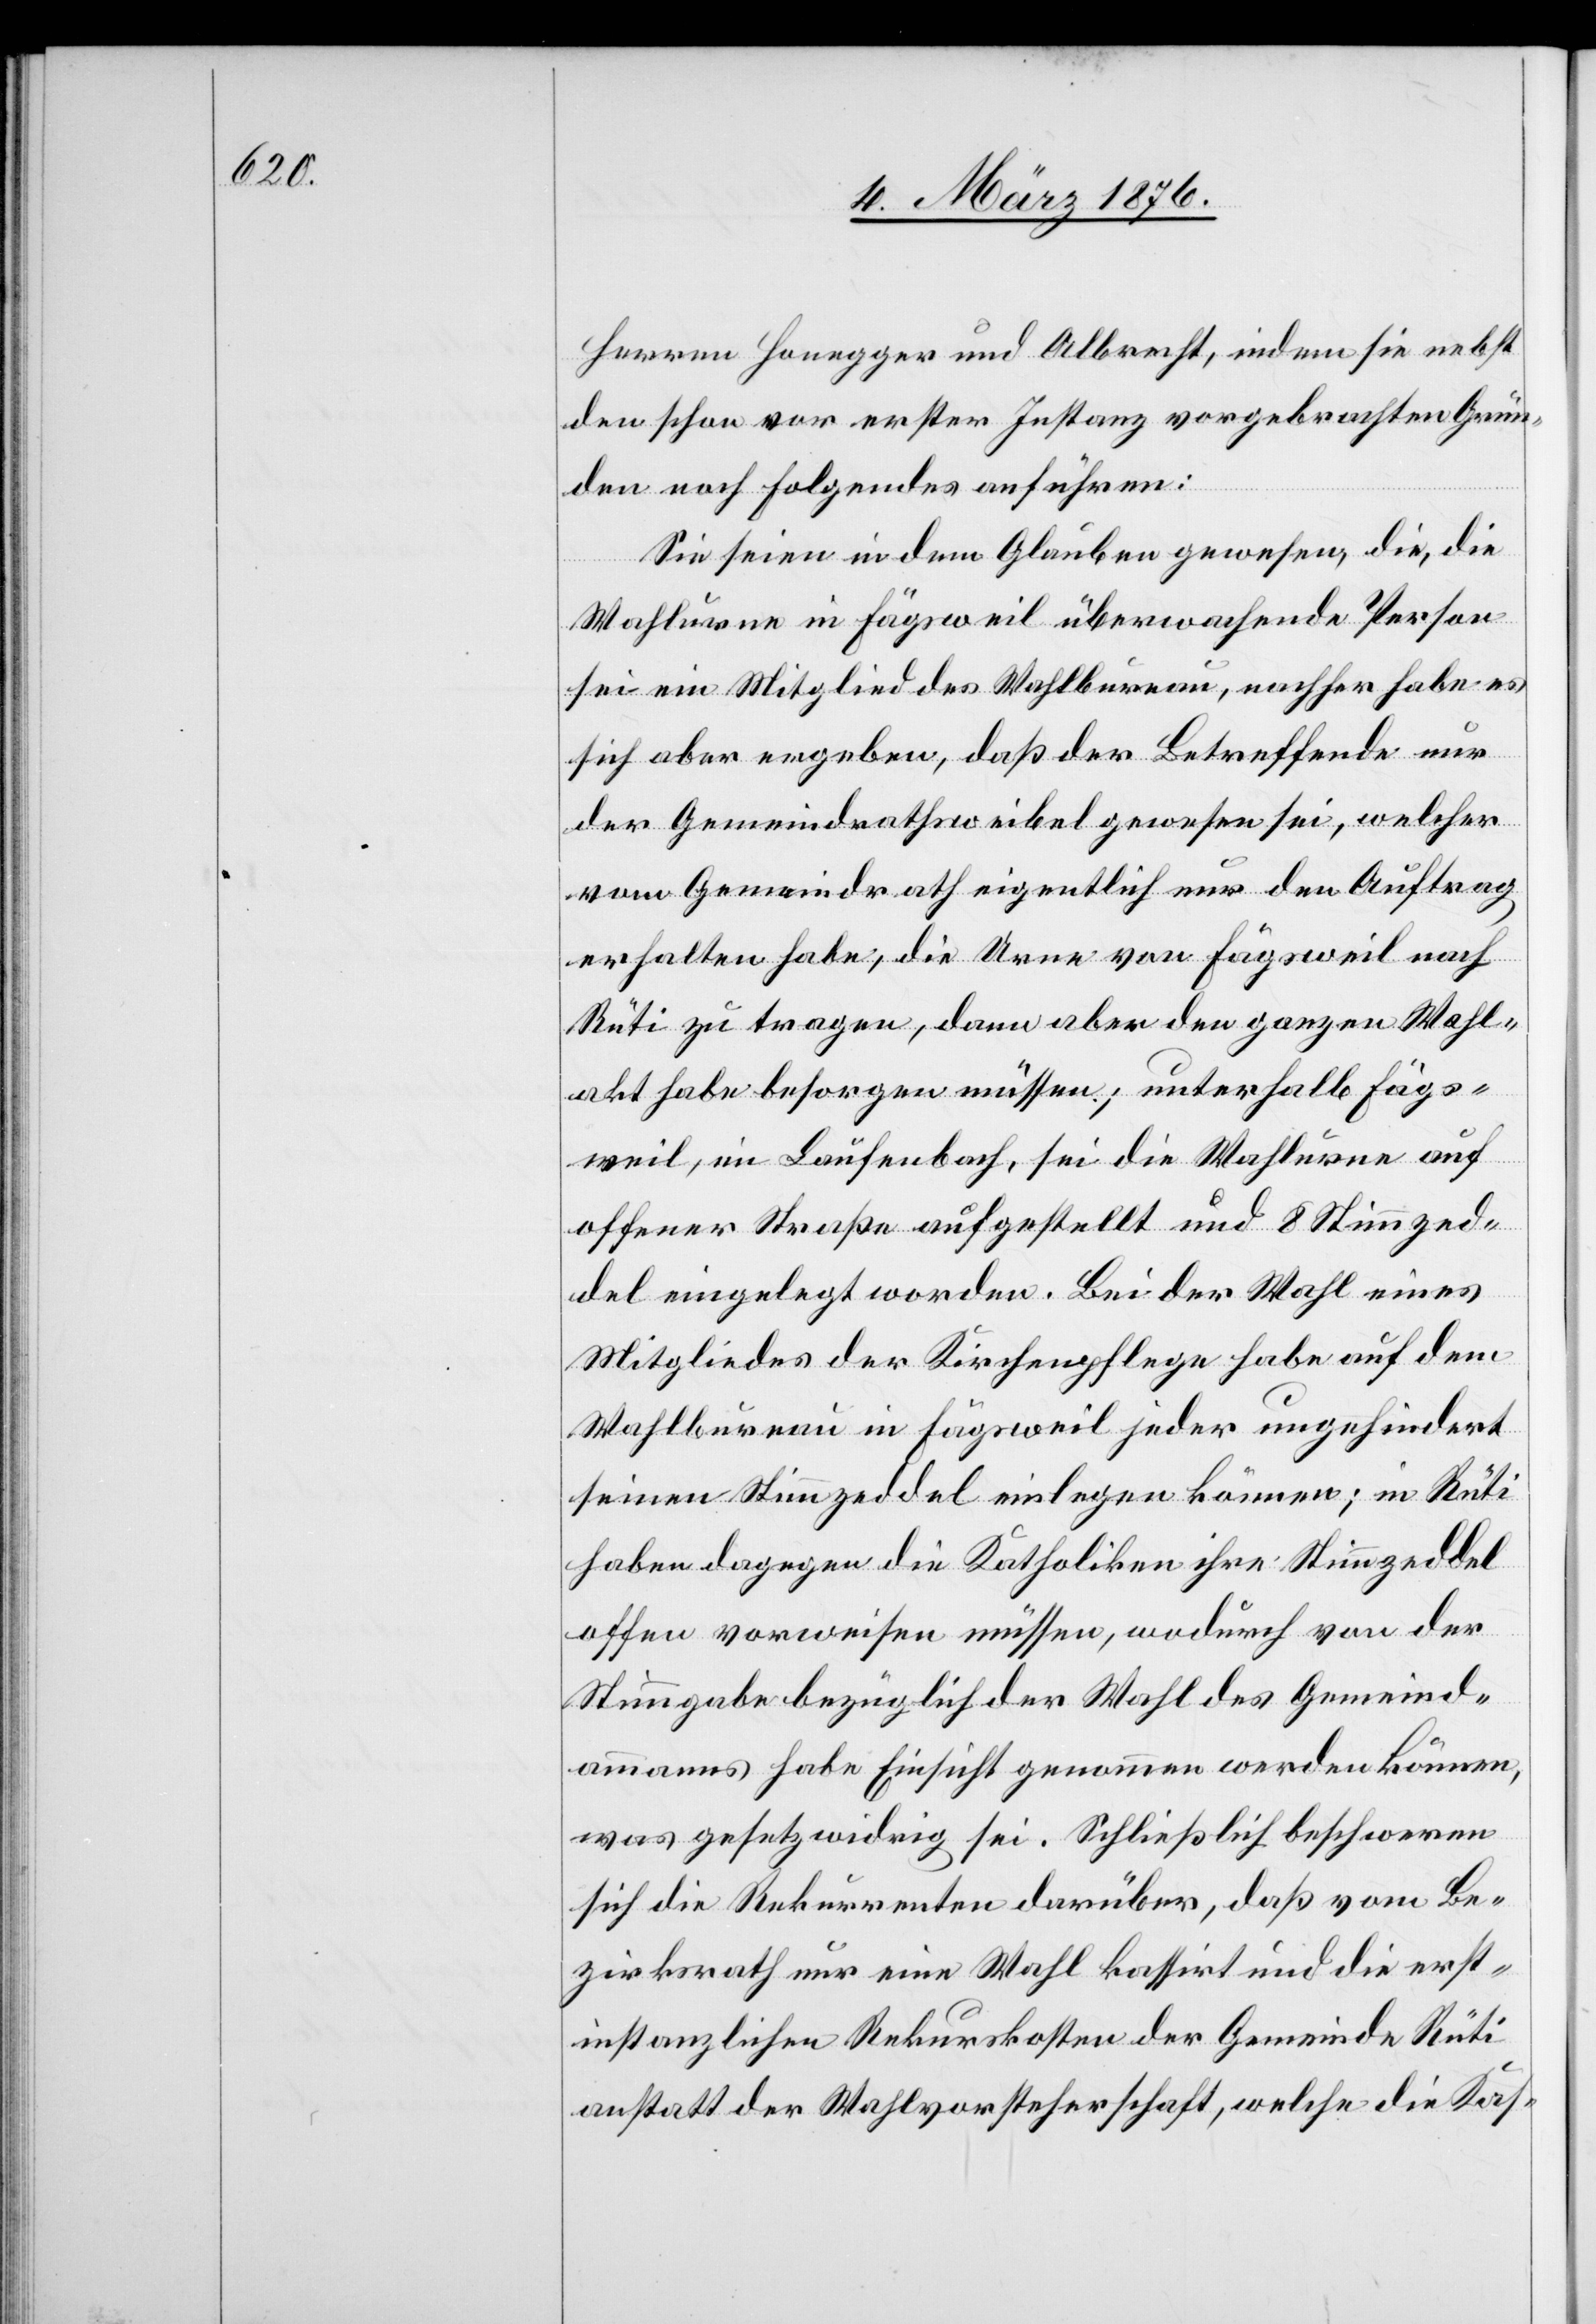
Herren Honegger und Albrecht, indem sie nebst
den schon vor erster Instanz vorgebrachten Grün¬
den noch Folgendes anführen:
Sie seien in dem Glauben gewesen, die, die
Wahlurne in Fägsweil überwachende Person
sei ein Mitglied des Wahlbureau, nachher habe es
sich aber ergeben, daß der Betreffende nur
der Gemeindrathsweibel gewesen sei, welcher
vom Gemeindrath eigentlich nur den Auftrag
erhalten habe, die Urne von Fägsweil nach
Rüti zu tragen, dann aber den ganzen Wahl¬
akt habe besorgen müssen; unterhalb Fägs¬
weil, im Laufenbach, sei die Wahlurne auf
offener Straße aufgestellt und 8 Stimmzed¬
del eingelegt worden. Bei der Wahl eines
Mitgliedes der Kirchenpflege habe auf dem
Wahlbureau in Fägsweil jeder ungehindert
seinen Stimmzeddel einlegen können; in Rüti
haben dagegen die Katholiken ihre Stimmzeddel
offen vorweisen müssen, wodurch von der
Stimmgabe bezüglich der Wahl des Gemeind¬
ammanns habe Einsicht genommen werden können,
was gesetzwidrig sei. Schließlich beschweren
sich die Rekurrenten darüber, daß vom Be¬
zirksrath nur eine Wahl kassirt und die erst¬
instanzlichen Rekurskosten der Gemeinde Rüti
anstatt der Wahlvorsteherschaft, welche die Kas-